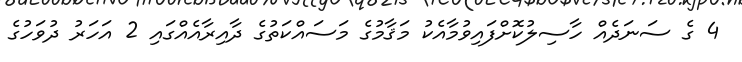
4 ގެ ސަނަދެއް ހާސިލުކޮށްފައިވުމާއެކު މަޤާމުގެ މަސައްކަތުގެ ދާއިރާއެއްގައި 2 އަހަރު ދުވަހުގެ